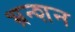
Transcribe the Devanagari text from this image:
भ्रन्शन